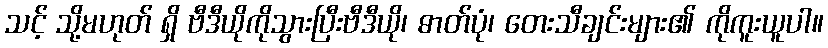
သင့် သို့မဟုတ် ရှိ ဗီဒီယိုကိုသွားပြီးဗီဒီယို၊ ဓာတ်ပုံ၊ တေးသီချင်းများ၏ ကိုကူးယူပါ။